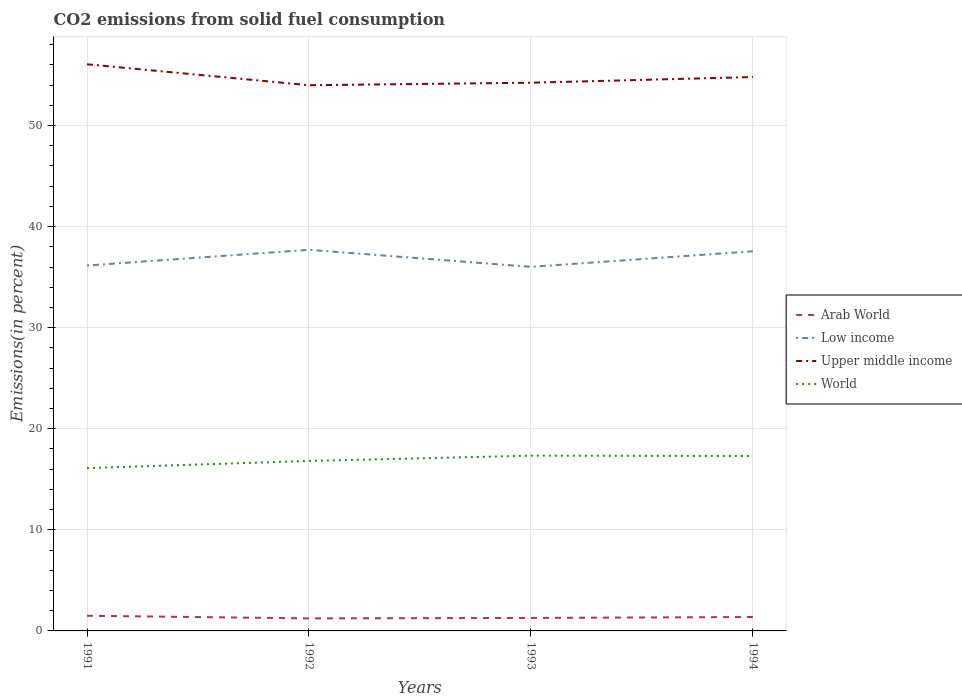
| Years | Arab World | Low income | Upper middle income | World |
 | --- | --- | --- | --- | --- |
 | 1991 | 1.5 | 36.2 | 56.1 | 16.1 |
 | 1992 | 1.24 | 37.7 | 54 | 16.8 |
 | 1993 | 1.28 | 36 | 54.2 | 17.3 |
 | 1994 | 1.38 | 37.6 | 54.8 | 17.3 |